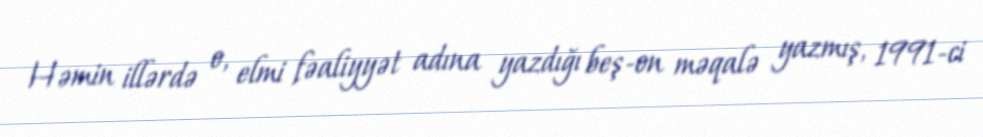
Həmin illərdə o, elmi fəaliyyət adına yazdığı beş-on məqalə yazmış, 1991-ci